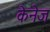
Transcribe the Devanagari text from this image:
केनेज